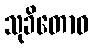
သုခိတောဝ